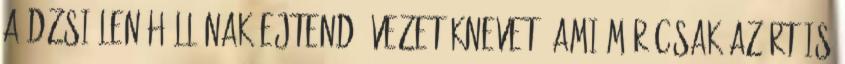
a Dzsi-len-hóll-nak ejtendő vezetéknevet. Ami már csak azért is